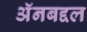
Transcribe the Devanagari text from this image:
अॅनबद्दल